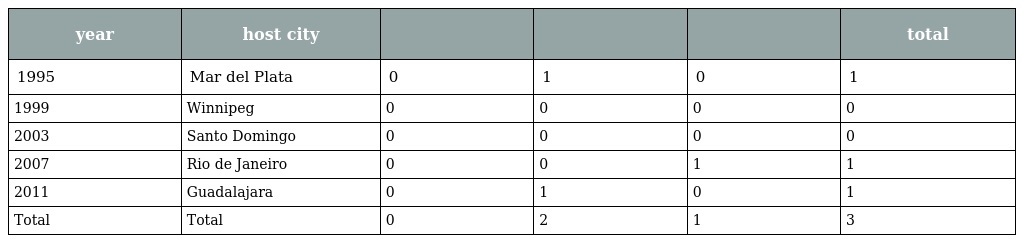
| year | host city |  |  |  | total |
 | --- | --- | --- | --- | --- | --- |
 | 1995 | Mar del Plata | 0 | 1 | 0 | 1 |
 | 1999 | Winnipeg | 0 | 0 | 0 | 0 |
 | 2003 | Santo Domingo | 0 | 0 | 0 | 0 |
 | 2007 | Rio de Janeiro | 0 | 0 | 1 | 1 |
 | 2011 | Guadalajara | 0 | 1 | 0 | 1 |
 | Total | Total | 0 | 2 | 1 | 3 |